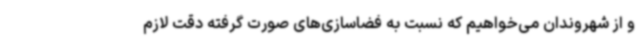
و از شهروندان می‌خواهیم که نسبت به فضاسازی‌های صورت گرفته دقت لازم